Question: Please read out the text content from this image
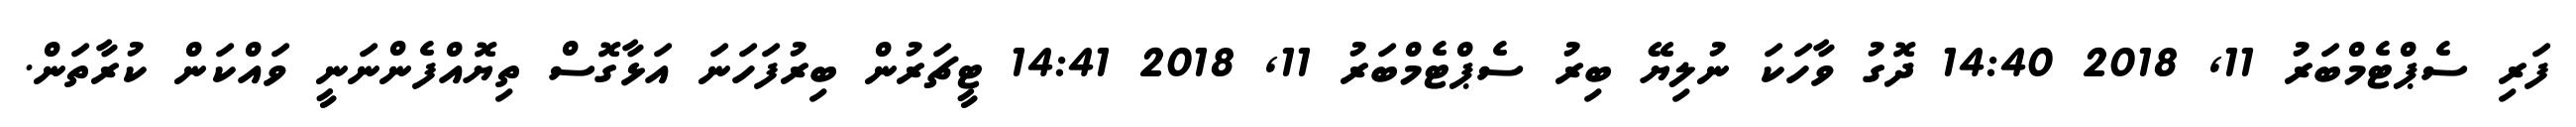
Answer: ފަރި ސެޕްޓެމްބަރު 11, 2018 14:40 ދޮގު ވާހަކަ ނުލިޔޭ ބިރު ސެޕްޓެމްބަރު 11, 2018 14:41 ޓީޗަރުން ބިރުފަހަނަ އަޅާގޮސް ތިޔޮއްފެންނަނީ ވައްކަން ކުރާތަން.